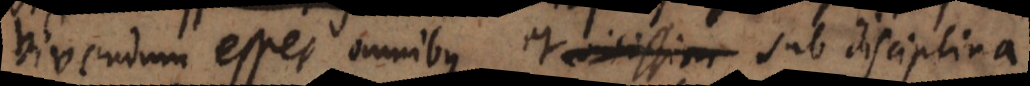
vivendum esset omnibus et vicissim sub disciplina